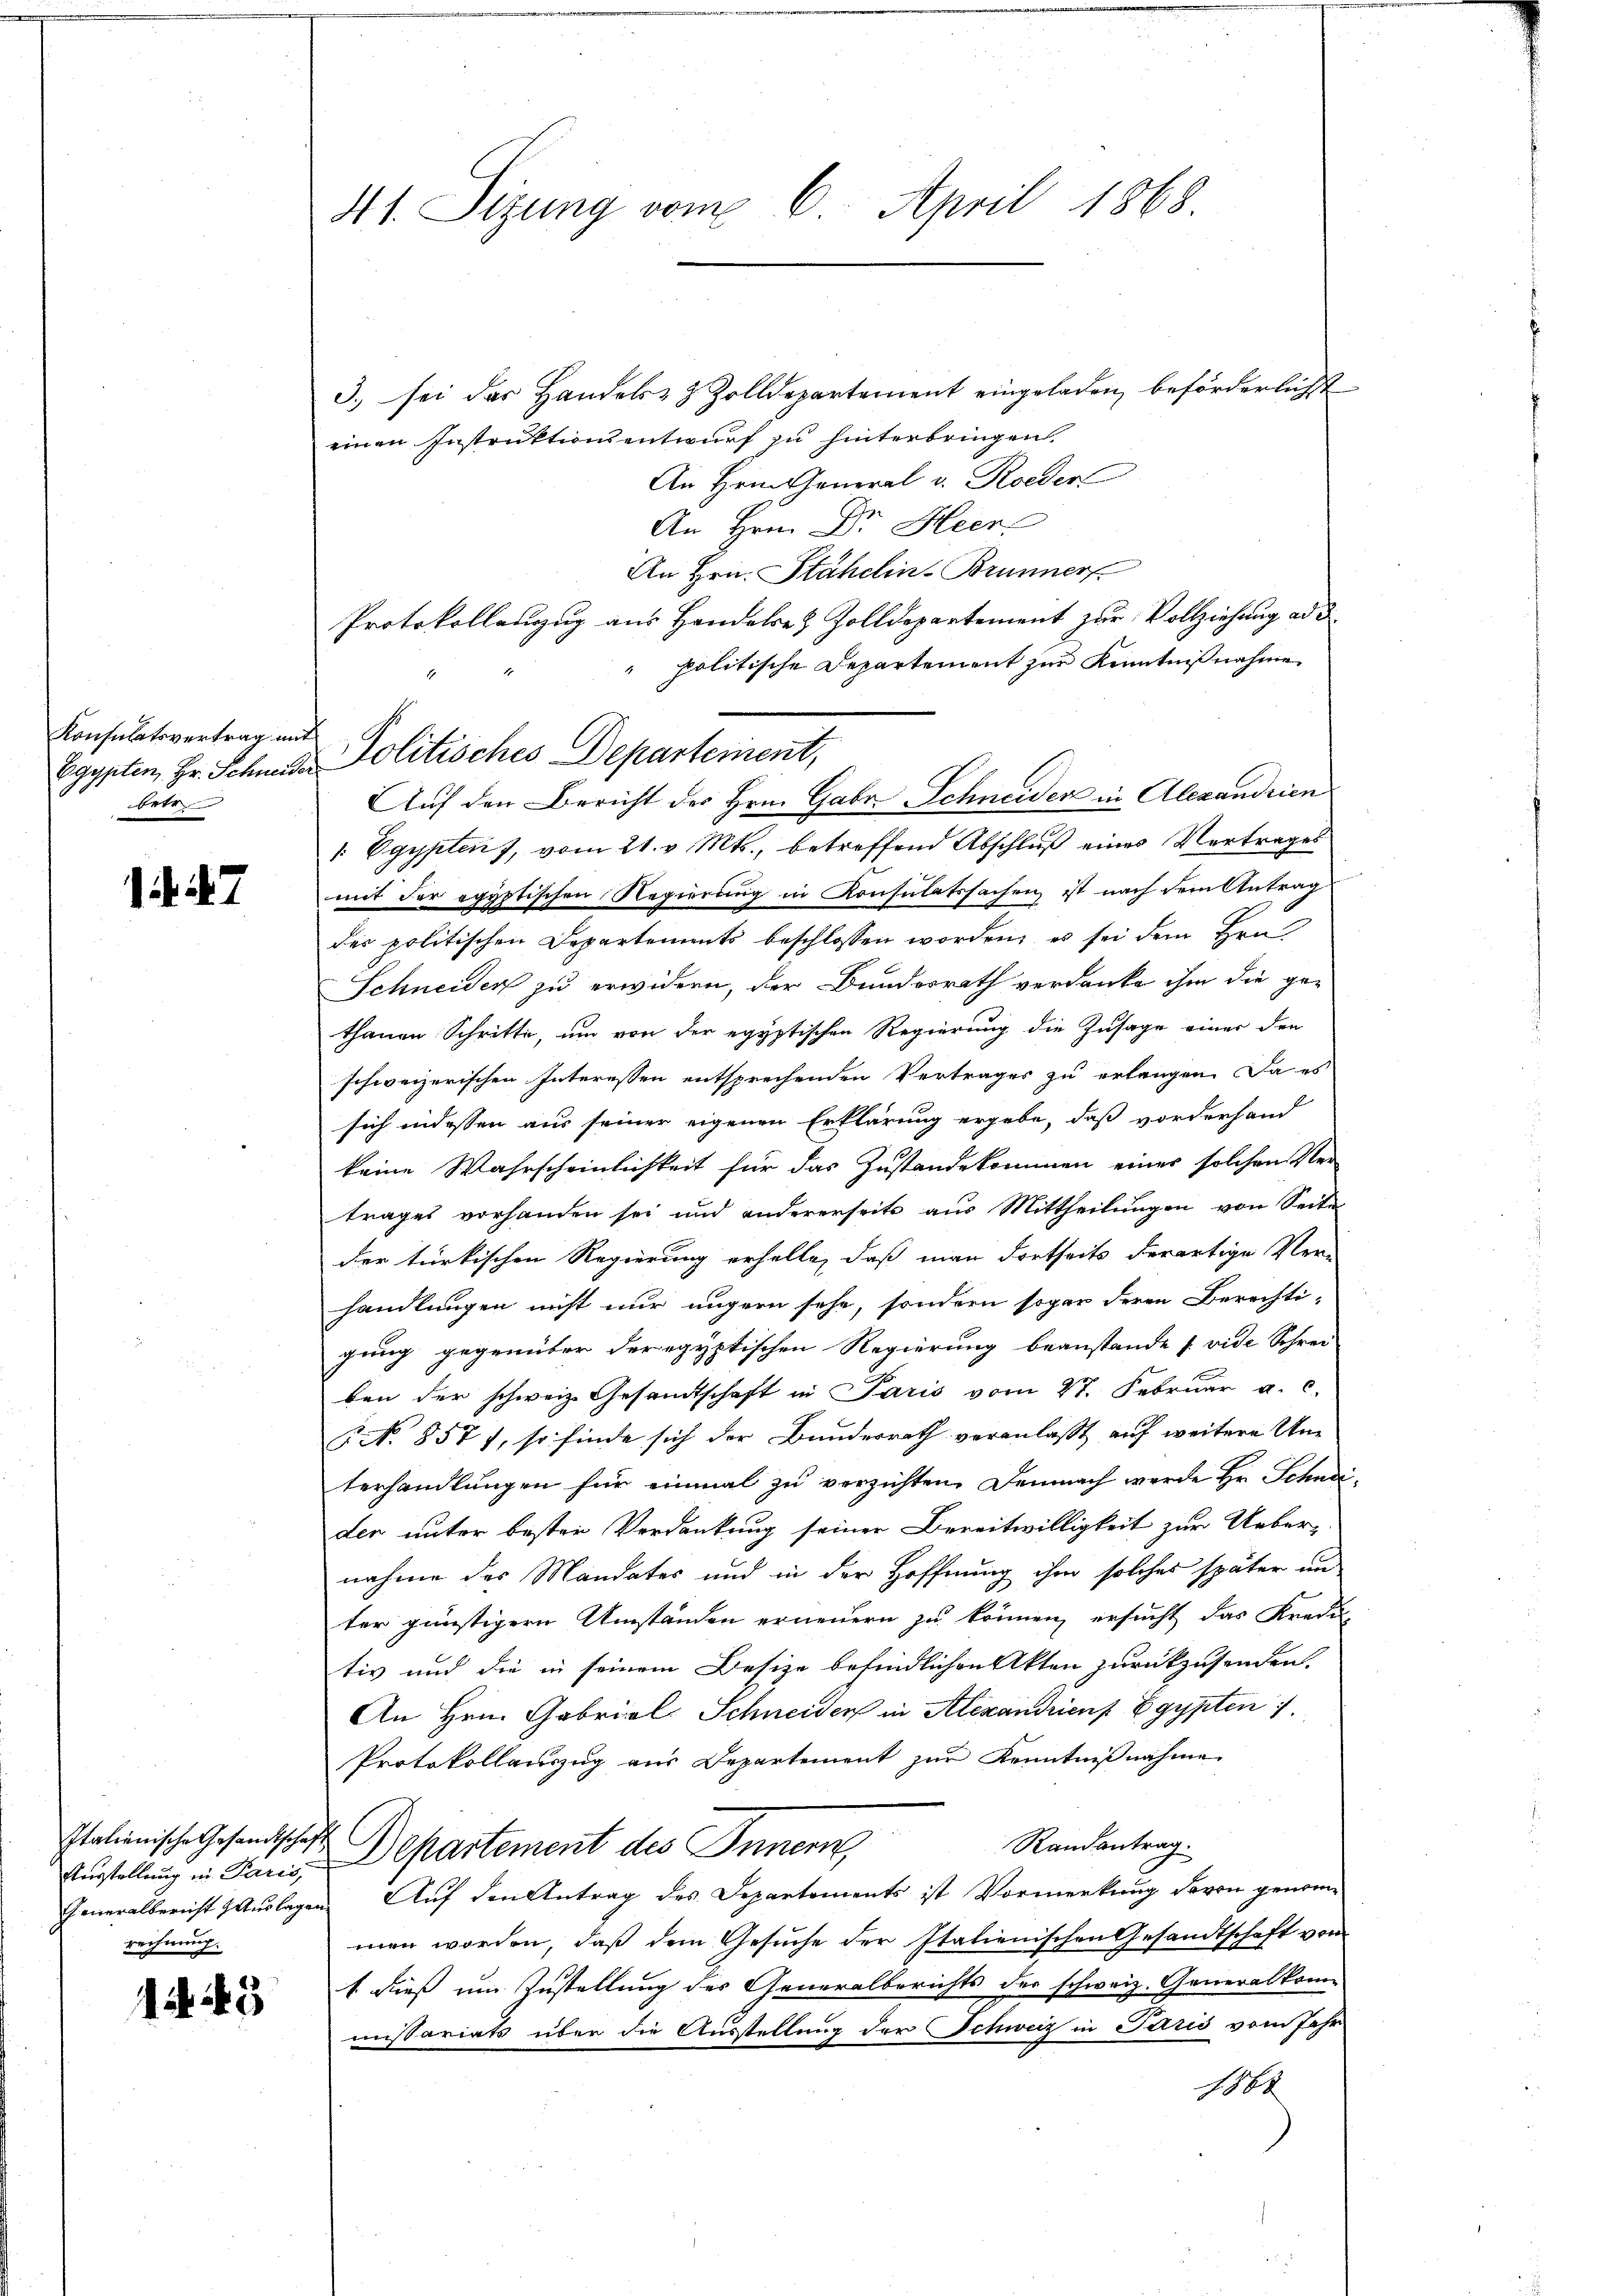
Konsulatsvertrag mit
Egypten, Hr. Schneider
betr.

7

Ausstellung in Paris,
rechnung.

1. 143

41. Sizung vom 6. April 1868.

3.) sei das Handels- & Zolldepartement eingeladen, beförderlichst
einen Instruktionsentwurf zu hinterbringen
An Hrn. General v. Roeden
An Hrn. Dr. Heer
An Hrn. Stähelin-Brunner
Protokollanzug aus Handels- & Zolldepartement zur Vollziehung ad d.
politische Departement zur Kenntnißnahme
Auf den Bericht des Hrn. Gabe Schneider in Alexandrien
 Egypten 7, vom 21. v. Mts., betreffend Abschluß eines Vertrages
mit der egyptischen Regierung in Konsulatssachen ist nach dem Antrag
des politischen Departements beschlossen worden, es sei dem Ben
Schneiden zu erwidern, der Bundesrath verdanke ihm die ge-
thanen Schritte, um von der egyptischen Regierung die Zusage einer den
schweizerischen Interessen entsprechenden Vertrages zu erlangen. Da es
sich indessen aus seiner eigenen Erklärung ergebe, daß vorderhand
keine Wahrscheinlichkeit für das Zustandekommen einer solchen Ver-
trages vorhanden sei und andererseits aus Mittheilungen von Seite
der türkischen Regierung erholte, daß man dortseits derartige Verhandlungen nicht nur ungern sehe, sondern sogar deren Berechti-
gung gegenüber der egyptischen Regierung beanstande (vide Schrei-
ben der schweiz. Gesandtschaft in Paris vom 27. Februar a. c.
 N. 857), so finde sich der Bunderrath veranlaßt auf weitere Unterhandlungen für einmal zu verzichten. Demnach werde Hr. Schneden unter besten Verdankung seiner Bereitwilligkeit zur Ueber-
nahme der Mandates und in der Hoffnung ihm solches später an
ter günstigern Umständen erneuern zu können, ersucht das Kredi-
tiv und die in seinem Besize befindlichen Akten zurückzusenden.
An Hrn. Gabriel Schneider in Alexandrien Egypten 1.
Protokollauszug aus Departement zur Kenntniβnahme
Randantrag.
Italienische Gesandtschaft Departement des Innern,
Generalbericht Auslagen Auf den Antrag des Departements ist Vormerkung davon genommen worden, daß dem Gesuche der Italienischen Gesandtschaft vom
1. dieß um Zustellung des Generalberichts der schweiz. Generalkommissariats über die Ausstellung der Schweiz in Paris vom Jahr
1868

Politisches Departement,